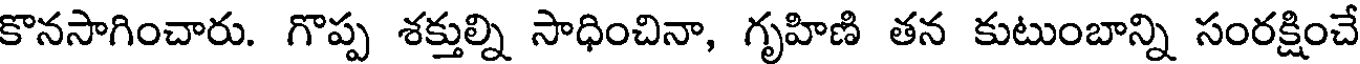
కొనసాగించారు. గొప్ప శక్తుల్ని సాధించినా, గృహిణి తన కుటుంబాన్ని సంరక్షించే